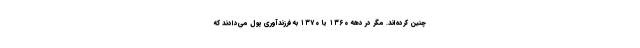
چنین کرده‌اند. مگر در دهه ۱۳۶۰ یا ۱۳۷۰ به فرزندآوری پول می‌دادند که